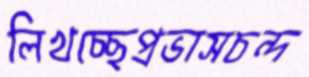
লিখচ্ছেপ্রভাসচন্দ